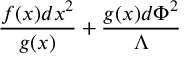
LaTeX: { \frac { f ( x ) d x ^ { 2 } } { g ( x ) } } + { \frac { g ( x ) d \Phi ^ { 2 } } { \Lambda } }